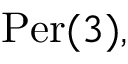
{ \mathrm { P e r } } ( 3 ) ,